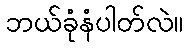
ဘယ်ခုံနံပါတ်လဲ။